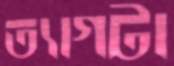
ত্যাগটা